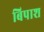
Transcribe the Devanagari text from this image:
बिपाश